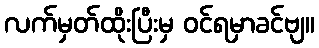
လက်မှတ်ထိုးပြီးမှ ဝင်ရမှာခင်ဗျ။